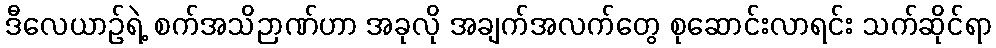
ဒီလေယာဉ်ရဲ့ စက်အသိဉာဏ်ဟာ အခုလို အချက်အလက်တွေ စုဆောင်းလာရင်း သက်ဆိုင်ရာ